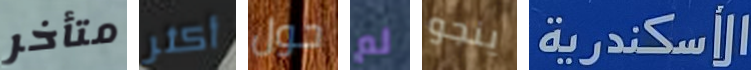
متأخر أكثر حول لم ينجو الأسكندرية